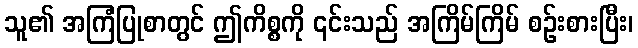
သူ၏ အကြံပြုစာတွင် ဤကိစ္စကို ၎င်းသည် အကြိမ်ကြိမ် စဉ်းစားပြီး၊